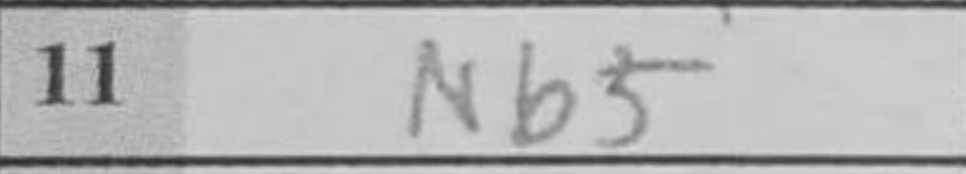
Transcription: Nb5